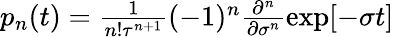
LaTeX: \begin{array}{r}{p_{n}(t)=\frac{1}{n!\tau^{n+1}}(-1)^{n}\frac{\partial^{n}}{\partial\sigma^{n}}\exp[-\sigma t]}\end{array}